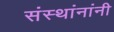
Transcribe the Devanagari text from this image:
संस्थांनांनी